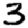
Digit: 3